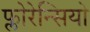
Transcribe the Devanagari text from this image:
फ्लोरेन्सियो